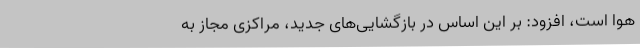
هوا است‌، افزود: بر این اساس در بازگشایی‌های جدید، مراکزی مجاز به